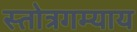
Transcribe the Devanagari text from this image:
स्तोत्रगम्याय